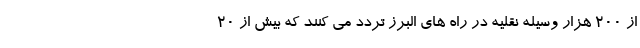
از ۲۰۰ هزار وسیله نقلیه در راه های البرز تردد می کنند که بیش از ۲۰